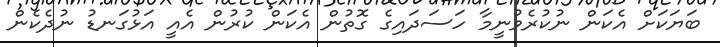
ބަޔަކަށް އެކަން ނުކުރެވުނީމާ ހަސަދައިގެ ގޮތުން އެކަން ކުރުން އެއީ އަޅުގަނޑު ނުދެކެން